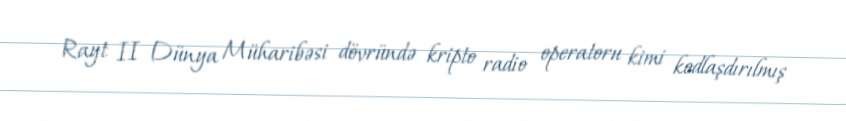
Rayt II Dünya Müharibəsi dövründə kripto radio operatoru kimi kodlaşdırılmış